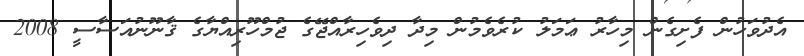
އެދުވަހުން ފެށިގެން މިހާރު ޢަމަލު ކުރެވެމުން މިދާ ދިވެހިރާއްޖޭގެ ޖުމްހޫރިއްޔާގެ ޤާނޫނުއަސާސީ 2008